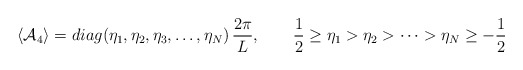
\begin{align*}\langle {\cal A}_4 \rangle=diag(\eta_1,\eta_2,\eta_3,\dots,\eta_N)\,\frac{2\pi}{L}, \qquad \frac{1}{2}\ge \eta_1 >\eta_2>\cdots>\eta_N\ge -\frac{1}{2}\end{align*}